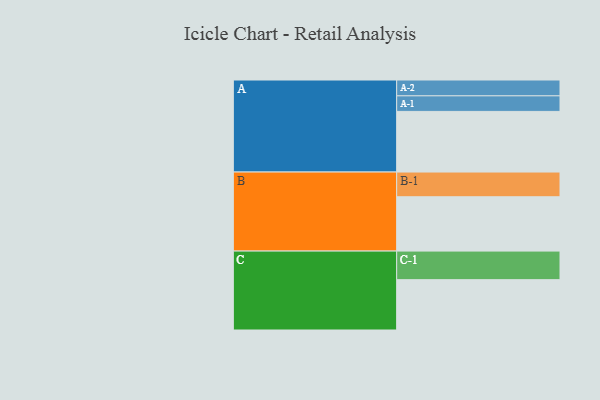
{"axis": {"x": "Segment", "y": "Value"}, "legend": ["", "A", "B", "C"], "data": [{"x": "A", "y": 471, "type": ""}, {"x": "B", "y": 422, "type": ""}, {"x": "C", "y": 391, "type": ""}, {"x": "A-1", "y": 121, "type": "A"}, {"x": "A-2", "y": 123, "type": "A"}, {"x": "B-1", "y": 192, "type": "B"}, {"x": "C-1", "y": 222, "type": "C"}]}